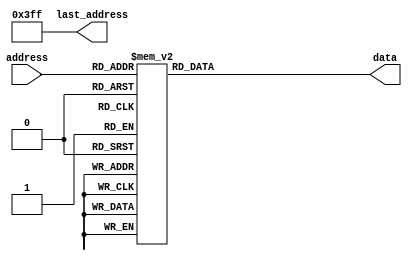
module rom (input [9:0] address, output reg [23:0] data, output [9:0] last_address);
	assign last_address = 1023;
	always @ (*) begin
		case(address)
			10'd0: data = 24'd63218;
			10'd1: data = 24'd63218;
			10'd2: data = 24'd63218;
			10'd3: data = 24'd63218;
			10'd4: data = 24'd63218;
			10'd5: data = 24'd63218;
			10'd6: data = 24'd63218;
			10'd7: data = 24'd63218;
			10'd8: data = 24'd63218;
			10'd9: data = 24'd63218;
			10'd10: data = 24'd63218;
			10'd11: data = 24'd63218;
			10'd12: data = 24'd63218;
			10'd13: data = 24'd63218;
			10'd14: data = 24'd63218;
			10'd15: data = 24'd63218;
			10'd16: data = 24'd0;
			10'd17: data = 24'd0;
			10'd18: data = 24'd0;
			10'd19: data = 24'd0;
			10'd20: data = 24'd63218;
			10'd21: data = 24'd63218;
			10'd22: data = 24'd63218;
			10'd23: data = 24'd63218;
			10'd24: data = 24'd63218;
			10'd25: data = 24'd63218;
			10'd26: data = 24'd63218;
			10'd27: data = 24'd63218;
			10'd28: data = 24'd63218;
			10'd29: data = 24'd63218;
			10'd30: data = 24'd63218;
			10'd31: data = 24'd63218;
			10'd32: data = 24'd63218;
			10'd33: data = 24'd63218;
			10'd34: data = 24'd63218;
			10'd35: data = 24'd63218;
			10'd36: data = 24'd0;
			10'd37: data = 24'd0;
			10'd38: data = 24'd0;
			10'd39: data = 24'd0;
			10'd40: data = 24'd42199;
			10'd41: data = 24'd42199;
			10'd42: data = 24'd42199;
			10'd43: data = 24'd42199;
			10'd44: data = 24'd42199;
			10'd45: data = 24'd42199;
			10'd46: data = 24'd42199;
			10'd47: data = 24'd42199;
			10'd48: data = 24'd42199;
			10'd49: data = 24'd42199;
			10'd50: data = 24'd42199;
			10'd51: data = 24'd42199;
			10'd52: data = 24'd42199;
			10'd53: data = 24'd42199;
			10'd54: data = 24'd42199;
			10'd55: data = 24'd42199;
			10'd56: data = 24'd0;
			10'd57: data = 24'd0;
			10'd58: data = 24'd0;
			10'd59: data = 24'd0;
			10'd60: data = 24'd42199;
			10'd61: data = 24'd42199;
			10'd62: data = 24'd42199;
			10'd63: data = 24'd42199;
			10'd64: data = 24'd42199;
			10'd65: data = 24'd42199;
			10'd66: data = 24'd42199;
			10'd67: data = 24'd42199;
			10'd68: data = 24'd42199;
			10'd69: data = 24'd42199;
			10'd70: data = 24'd42199;
			10'd71: data = 24'd42199;
			10'd72: data = 24'd42199;
			10'd73: data = 24'd42199;
			10'd74: data = 24'd42199;
			10'd75: data = 24'd42199;
			10'd76: data = 24'd0;
			10'd77: data = 24'd0;
			10'd78: data = 24'd0;
			10'd79: data = 24'd0;
			10'd80: data = 24'd37500;
			10'd81: data = 24'd37500;
			10'd82: data = 24'd37500;
			10'd83: data = 24'd37500;
			10'd84: data = 24'd37500;
			10'd85: data = 24'd37500;
			10'd86: data = 24'd37500;
			10'd87: data = 24'd37500;
			10'd88: data = 24'd37500;
			10'd89: data = 24'd37500;
			10'd90: data = 24'd37500;
			10'd91: data = 24'd37500;
			10'd92: data = 24'd37500;
			10'd93: data = 24'd37500;
			10'd94: data = 24'd37500;
			10'd95: data = 24'd37500;
			10'd96: data = 24'd0;
			10'd97: data = 24'd0;
			10'd98: data = 24'd0;
			10'd99: data = 24'd0;
			10'd100: data = 24'd37500;
			10'd101: data = 24'd37500;
			10'd102: data = 24'd37500;
			10'd103: data = 24'd37500;
			10'd104: data = 24'd37500;
			10'd105: data = 24'd37500;
			10'd106: data = 24'd37500;
			10'd107: data = 24'd37500;
			10'd108: data = 24'd37500;
			10'd109: data = 24'd37500;
			10'd110: data = 24'd37500;
			10'd111: data = 24'd37500;
			10'd112: data = 24'd37500;
			10'd113: data = 24'd37500;
			10'd114: data = 24'd37500;
			10'd115: data = 24'd37500;
			10'd116: data = 24'd0;
			10'd117: data = 24'd0;
			10'd118: data = 24'd0;
			10'd119: data = 24'd0;
			10'd120: data = 24'd42199;
			10'd121: data = 24'd42199;
			10'd122: data = 24'd42199;
			10'd123: data = 24'd42199;
			10'd124: data = 24'd42199;
			10'd125: data = 24'd42199;
			10'd126: data = 24'd42199;
			10'd127: data = 24'd42199;
			10'd128: data = 24'd42199;
			10'd129: data = 24'd42199;
			10'd130: data = 24'd42199;
			10'd131: data = 24'd42199;
			10'd132: data = 24'd42199;
			10'd133: data = 24'd42199;
			10'd134: data = 24'd42199;
			10'd135: data = 24'd42199;
			10'd136: data = 24'd42199;
			10'd137: data = 24'd42199;
			10'd138: data = 24'd42199;
			10'd139: data = 24'd42199;
			10'd140: data = 24'd42199;
			10'd141: data = 24'd42199;
			10'd142: data = 24'd42199;
			10'd143: data = 24'd42199;
			10'd144: data = 24'd42199;
			10'd145: data = 24'd42199;
			10'd146: data = 24'd42199;
			10'd147: data = 24'd42199;
			10'd148: data = 24'd42199;
			10'd149: data = 24'd42199;
			10'd150: data = 24'd42199;
			10'd151: data = 24'd42199;
			10'd152: data = 24'd0;
			10'd153: data = 24'd0;
			10'd154: data = 24'd0;
			10'd155: data = 24'd0;
			10'd156: data = 24'd0;
			10'd157: data = 24'd0;
			10'd158: data = 24'd0;
			10'd159: data = 24'd0;
			10'd160: data = 24'd47277;
			10'd161: data = 24'd47277;
			10'd162: data = 24'd47277;
			10'd163: data = 24'd47277;
			10'd164: data = 24'd47277;
			10'd165: data = 24'd47277;
			10'd166: data = 24'd47277;
			10'd167: data = 24'd47277;
			10'd168: data = 24'd47277;
			10'd169: data = 24'd47277;
			10'd170: data = 24'd47277;
			10'd171: data = 24'd47277;
			10'd172: data = 24'd47277;
			10'd173: data = 24'd47277;
			10'd174: data = 24'd47277;
			10'd175: data = 24'd47277;
			10'd176: data = 24'd0;
			10'd177: data = 24'd0;
			10'd178: data = 24'd0;
			10'd179: data = 24'd0;
			10'd180: data = 24'd47277;
			10'd181: data = 24'd47277;
			10'd182: data = 24'd47277;
			10'd183: data = 24'd47277;
			10'd184: data = 24'd47277;
			10'd185: data = 24'd47277;
			10'd186: data = 24'd47277;
			10'd187: data = 24'd47277;
			10'd188: data = 24'd47277;
			10'd189: data = 24'd47277;
			10'd190: data = 24'd47277;
			10'd191: data = 24'd47277;
			10'd192: data = 24'd47277;
			10'd193: data = 24'd47277;
			10'd194: data = 24'd47277;
			10'd195: data = 24'd47277;
			10'd196: data = 24'd0;
			10'd197: data = 24'd0;
			10'd198: data = 24'd0;
			10'd199: data = 24'd0;
			10'd200: data = 24'd50151;
			10'd201: data = 24'd50151;
			10'd202: data = 24'd50151;
			10'd203: data = 24'd50151;
			10'd204: data = 24'd50151;
			10'd205: data = 24'd50151;
			10'd206: data = 24'd50151;
			10'd207: data = 24'd50151;
			10'd208: data = 24'd50151;
			10'd209: data = 24'd50151;
			10'd210: data = 24'd50151;
			10'd211: data = 24'd50151;
			10'd212: data = 24'd50151;
			10'd213: data = 24'd50151;
			10'd214: data = 24'd50151;
			10'd215: data = 24'd50151;
			10'd216: data = 24'd0;
			10'd217: data = 24'd0;
			10'd218: data = 24'd0;
			10'd219: data = 24'd0;
			10'd220: data = 24'd50151;
			10'd221: data = 24'd50151;
			10'd222: data = 24'd50151;
			10'd223: data = 24'd50151;
			10'd224: data = 24'd50151;
			10'd225: data = 24'd50151;
			10'd226: data = 24'd50151;
			10'd227: data = 24'd50151;
			10'd228: data = 24'd50151;
			10'd229: data = 24'd50151;
			10'd230: data = 24'd50151;
			10'd231: data = 24'd50151;
			10'd232: data = 24'd50151;
			10'd233: data = 24'd50151;
			10'd234: data = 24'd50151;
			10'd235: data = 24'd50151;
			10'd236: data = 24'd0;
			10'd237: data = 24'd0;
			10'd238: data = 24'd0;
			10'd239: data = 24'd0;
			10'd240: data = 24'd56313;
			10'd241: data = 24'd56313;
			10'd242: data = 24'd56313;
			10'd243: data = 24'd56313;
			10'd244: data = 24'd56313;
			10'd245: data = 24'd56313;
			10'd246: data = 24'd56313;
			10'd247: data = 24'd56313;
			10'd248: data = 24'd56313;
			10'd249: data = 24'd56313;
			10'd250: data = 24'd56313;
			10'd251: data = 24'd56313;
			10'd252: data = 24'd56313;
			10'd253: data = 24'd56313;
			10'd254: data = 24'd56313;
			10'd255: data = 24'd56313;
			10'd256: data = 24'd0;
			10'd257: data = 24'd0;
			10'd258: data = 24'd0;
			10'd259: data = 24'd0;
			10'd260: data = 24'd56313;
			10'd261: data = 24'd56313;
			10'd262: data = 24'd56313;
			10'd263: data = 24'd56313;
			10'd264: data = 24'd56313;
			10'd265: data = 24'd56313;
			10'd266: data = 24'd56313;
			10'd267: data = 24'd56313;
			10'd268: data = 24'd56313;
			10'd269: data = 24'd56313;
			10'd270: data = 24'd56313;
			10'd271: data = 24'd56313;
			10'd272: data = 24'd56313;
			10'd273: data = 24'd56313;
			10'd274: data = 24'd56313;
			10'd275: data = 24'd56313;
			10'd276: data = 24'd0;
			10'd277: data = 24'd0;
			10'd278: data = 24'd0;
			10'd279: data = 24'd0;
			10'd280: data = 24'd63218;
			10'd281: data = 24'd63218;
			10'd282: data = 24'd63218;
			10'd283: data = 24'd63218;
			10'd284: data = 24'd63218;
			10'd285: data = 24'd63218;
			10'd286: data = 24'd63218;
			10'd287: data = 24'd63218;
			10'd288: data = 24'd63218;
			10'd289: data = 24'd63218;
			10'd290: data = 24'd63218;
			10'd291: data = 24'd63218;
			10'd292: data = 24'd63218;
			10'd293: data = 24'd63218;
			10'd294: data = 24'd63218;
			10'd295: data = 24'd63218;
			10'd296: data = 24'd63218;
			10'd297: data = 24'd63218;
			10'd298: data = 24'd63218;
			10'd299: data = 24'd63218;
			10'd300: data = 24'd63218;
			10'd301: data = 24'd63218;
			10'd302: data = 24'd63218;
			10'd303: data = 24'd63218;
			10'd304: data = 24'd63218;
			10'd305: data = 24'd63218;
			10'd306: data = 24'd63218;
			10'd307: data = 24'd63218;
			10'd308: data = 24'd63218;
			10'd309: data = 24'd63218;
			10'd310: data = 24'd63218;
			10'd311: data = 24'd63218;
			10'd312: data = 24'd0;
			10'd313: data = 24'd0;
			10'd314: data = 24'd0;
			10'd315: data = 24'd0;
			10'd316: data = 24'd0;
			10'd317: data = 24'd0;
			10'd318: data = 24'd0;
			10'd319: data = 24'd0;
			10'd320: data = 24'd42199;
			10'd321: data = 24'd42199;
			10'd322: data = 24'd42199;
			10'd323: data = 24'd42199;
			10'd324: data = 24'd42199;
			10'd325: data = 24'd42199;
			10'd326: data = 24'd42199;
			10'd327: data = 24'd42199;
			10'd328: data = 24'd42199;
			10'd329: data = 24'd42199;
			10'd330: data = 24'd42199;
			10'd331: data = 24'd42199;
			10'd332: data = 24'd42199;
			10'd333: data = 24'd42199;
			10'd334: data = 24'd42199;
			10'd335: data = 24'd42199;
			10'd336: data = 24'd0;
			10'd337: data = 24'd0;
			10'd338: data = 24'd0;
			10'd339: data = 24'd0;
			10'd340: data = 24'd42199;
			10'd341: data = 24'd42199;
			10'd342: data = 24'd42199;
			10'd343: data = 24'd42199;
			10'd344: data = 24'd42199;
			10'd345: data = 24'd42199;
			10'd346: data = 24'd42199;
			10'd347: data = 24'd42199;
			10'd348: data = 24'd42199;
			10'd349: data = 24'd42199;
			10'd350: data = 24'd42199;
			10'd351: data = 24'd42199;
			10'd352: data = 24'd42199;
			10'd353: data = 24'd42199;
			10'd354: data = 24'd42199;
			10'd355: data = 24'd42199;
			10'd356: data = 24'd0;
			10'd357: data = 24'd0;
			10'd358: data = 24'd0;
			10'd359: data = 24'd0;
			10'd360: data = 24'd47277;
			10'd361: data = 24'd47277;
			10'd362: data = 24'd47277;
			10'd363: data = 24'd47277;
			10'd364: data = 24'd47277;
			10'd365: data = 24'd47277;
			10'd366: data = 24'd47277;
			10'd367: data = 24'd47277;
			10'd368: data = 24'd47277;
			10'd369: data = 24'd47277;
			10'd370: data = 24'd47277;
			10'd371: data = 24'd47277;
			10'd372: data = 24'd47277;
			10'd373: data = 24'd47277;
			10'd374: data = 24'd47277;
			10'd375: data = 24'd47277;
			10'd376: data = 24'd0;
			10'd377: data = 24'd0;
			10'd378: data = 24'd0;
			10'd379: data = 24'd0;
			10'd380: data = 24'd47277;
			10'd381: data = 24'd47277;
			10'd382: data = 24'd47277;
			10'd383: data = 24'd47277;
			10'd384: data = 24'd47277;
			10'd385: data = 24'd47277;
			10'd386: data = 24'd47277;
			10'd387: data = 24'd47277;
			10'd388: data = 24'd47277;
			10'd389: data = 24'd47277;
			10'd390: data = 24'd47277;
			10'd391: data = 24'd47277;
			10'd392: data = 24'd47277;
			10'd393: data = 24'd47277;
			10'd394: data = 24'd47277;
			10'd395: data = 24'd47277;
			10'd396: data = 24'd0;
			10'd397: data = 24'd0;
			10'd398: data = 24'd0;
			10'd399: data = 24'd0;
			10'd400: data = 24'd50151;
			10'd401: data = 24'd50151;
			10'd402: data = 24'd50151;
			10'd403: data = 24'd50151;
			10'd404: data = 24'd50151;
			10'd405: data = 24'd50151;
			10'd406: data = 24'd50151;
			10'd407: data = 24'd50151;
			10'd408: data = 24'd50151;
			10'd409: data = 24'd50151;
			10'd410: data = 24'd50151;
			10'd411: data = 24'd50151;
			10'd412: data = 24'd50151;
			10'd413: data = 24'd50151;
			10'd414: data = 24'd50151;
			10'd415: data = 24'd50151;
			10'd416: data = 24'd0;
			10'd417: data = 24'd0;
			10'd418: data = 24'd0;
			10'd419: data = 24'd0;
			10'd420: data = 24'd50151;
			10'd421: data = 24'd50151;
			10'd422: data = 24'd50151;
			10'd423: data = 24'd50151;
			10'd424: data = 24'd50151;
			10'd425: data = 24'd50151;
			10'd426: data = 24'd50151;
			10'd427: data = 24'd50151;
			10'd428: data = 24'd50151;
			10'd429: data = 24'd50151;
			10'd430: data = 24'd50151;
			10'd431: data = 24'd50151;
			10'd432: data = 24'd50151;
			10'd433: data = 24'd50151;
			10'd434: data = 24'd50151;
			10'd435: data = 24'd50151;
			10'd436: data = 24'd0;
			10'd437: data = 24'd0;
			10'd438: data = 24'd0;
			10'd439: data = 24'd0;
			10'd440: data = 24'd56313;
			10'd441: data = 24'd56313;
			10'd442: data = 24'd56313;
			10'd443: data = 24'd56313;
			10'd444: data = 24'd56313;
			10'd445: data = 24'd56313;
			10'd446: data = 24'd56313;
			10'd447: data = 24'd56313;
			10'd448: data = 24'd56313;
			10'd449: data = 24'd56313;
			10'd450: data = 24'd56313;
			10'd451: data = 24'd56313;
			10'd452: data = 24'd56313;
			10'd453: data = 24'd56313;
			10'd454: data = 24'd56313;
			10'd455: data = 24'd56313;
			10'd456: data = 24'd56313;
			10'd457: data = 24'd56313;
			10'd458: data = 24'd56313;
			10'd459: data = 24'd56313;
			10'd460: data = 24'd56313;
			10'd461: data = 24'd56313;
			10'd462: data = 24'd56313;
			10'd463: data = 24'd56313;
			10'd464: data = 24'd56313;
			10'd465: data = 24'd56313;
			10'd466: data = 24'd56313;
			10'd467: data = 24'd56313;
			10'd468: data = 24'd56313;
			10'd469: data = 24'd56313;
			10'd470: data = 24'd56313;
			10'd471: data = 24'd56313;
			10'd472: data = 24'd0;
			10'd473: data = 24'd0;
			10'd474: data = 24'd0;
			10'd475: data = 24'd0;
			10'd476: data = 24'd0;
			10'd477: data = 24'd0;
			10'd478: data = 24'd0;
			10'd479: data = 24'd0;
			10'd480: data = 24'd42199;
			10'd481: data = 24'd42199;
			10'd482: data = 24'd42199;
			10'd483: data = 24'd42199;
			10'd484: data = 24'd42199;
			10'd485: data = 24'd42199;
			10'd486: data = 24'd42199;
			10'd487: data = 24'd42199;
			10'd488: data = 24'd42199;
			10'd489: data = 24'd42199;
			10'd490: data = 24'd42199;
			10'd491: data = 24'd42199;
			10'd492: data = 24'd42199;
			10'd493: data = 24'd42199;
			10'd494: data = 24'd42199;
			10'd495: data = 24'd42199;
			10'd496: data = 24'd0;
			10'd497: data = 24'd0;
			10'd498: data = 24'd0;
			10'd499: data = 24'd0;
			10'd500: data = 24'd42199;
			10'd501: data = 24'd42199;
			10'd502: data = 24'd42199;
			10'd503: data = 24'd42199;
			10'd504: data = 24'd42199;
			10'd505: data = 24'd42199;
			10'd506: data = 24'd42199;
			10'd507: data = 24'd42199;
			10'd508: data = 24'd42199;
			10'd509: data = 24'd42199;
			10'd510: data = 24'd42199;
			10'd511: data = 24'd42199;
			10'd512: data = 24'd42199;
			10'd513: data = 24'd42199;
			10'd514: data = 24'd42199;
			10'd515: data = 24'd42199;
			10'd516: data = 24'd0;
			10'd517: data = 24'd0;
			10'd518: data = 24'd0;
			10'd519: data = 24'd0;
			10'd520: data = 24'd47277;
			10'd521: data = 24'd47277;
			10'd522: data = 24'd47277;
			10'd523: data = 24'd47277;
			10'd524: data = 24'd47277;
			10'd525: data = 24'd47277;
			10'd526: data = 24'd47277;
			10'd527: data = 24'd47277;
			10'd528: data = 24'd47277;
			10'd529: data = 24'd47277;
			10'd530: data = 24'd47277;
			10'd531: data = 24'd47277;
			10'd532: data = 24'd47277;
			10'd533: data = 24'd47277;
			10'd534: data = 24'd47277;
			10'd535: data = 24'd47277;
			10'd536: data = 24'd0;
			10'd537: data = 24'd0;
			10'd538: data = 24'd0;
			10'd539: data = 24'd0;
			10'd540: data = 24'd47277;
			10'd541: data = 24'd47277;
			10'd542: data = 24'd47277;
			10'd543: data = 24'd47277;
			10'd544: data = 24'd47277;
			10'd545: data = 24'd47277;
			10'd546: data = 24'd47277;
			10'd547: data = 24'd47277;
			10'd548: data = 24'd47277;
			10'd549: data = 24'd47277;
			10'd550: data = 24'd47277;
			10'd551: data = 24'd47277;
			10'd552: data = 24'd47277;
			10'd553: data = 24'd47277;
			10'd554: data = 24'd47277;
			10'd555: data = 24'd47277;
			10'd556: data = 24'd0;
			10'd557: data = 24'd0;
			10'd558: data = 24'd0;
			10'd559: data = 24'd0;
			10'd560: data = 24'd50151;
			10'd561: data = 24'd50151;
			10'd562: data = 24'd50151;
			10'd563: data = 24'd50151;
			10'd564: data = 24'd50151;
			10'd565: data = 24'd50151;
			10'd566: data = 24'd50151;
			10'd567: data = 24'd50151;
			10'd568: data = 24'd50151;
			10'd569: data = 24'd50151;
			10'd570: data = 24'd50151;
			10'd571: data = 24'd50151;
			10'd572: data = 24'd50151;
			10'd573: data = 24'd50151;
			10'd574: data = 24'd50151;
			10'd575: data = 24'd50151;
			10'd576: data = 24'd0;
			10'd577: data = 24'd0;
			10'd578: data = 24'd0;
			10'd579: data = 24'd0;
			10'd580: data = 24'd50151;
			10'd581: data = 24'd50151;
			10'd582: data = 24'd50151;
			10'd583: data = 24'd50151;
			10'd584: data = 24'd50151;
			10'd585: data = 24'd50151;
			10'd586: data = 24'd50151;
			10'd587: data = 24'd50151;
			10'd588: data = 24'd50151;
			10'd589: data = 24'd50151;
			10'd590: data = 24'd50151;
			10'd591: data = 24'd50151;
			10'd592: data = 24'd50151;
			10'd593: data = 24'd50151;
			10'd594: data = 24'd50151;
			10'd595: data = 24'd50151;
			10'd596: data = 24'd0;
			10'd597: data = 24'd0;
			10'd598: data = 24'd0;
			10'd599: data = 24'd0;
			10'd600: data = 24'd56313;
			10'd601: data = 24'd56313;
			10'd602: data = 24'd56313;
			10'd603: data = 24'd56313;
			10'd604: data = 24'd56313;
			10'd605: data = 24'd56313;
			10'd606: data = 24'd56313;
			10'd607: data = 24'd56313;
			10'd608: data = 24'd56313;
			10'd609: data = 24'd56313;
			10'd610: data = 24'd56313;
			10'd611: data = 24'd56313;
			10'd612: data = 24'd56313;
			10'd613: data = 24'd56313;
			10'd614: data = 24'd56313;
			10'd615: data = 24'd56313;
			10'd616: data = 24'd56313;
			10'd617: data = 24'd56313;
			10'd618: data = 24'd56313;
			10'd619: data = 24'd56313;
			10'd620: data = 24'd56313;
			10'd621: data = 24'd56313;
			10'd622: data = 24'd56313;
			10'd623: data = 24'd56313;
			10'd624: data = 24'd56313;
			10'd625: data = 24'd56313;
			10'd626: data = 24'd56313;
			10'd627: data = 24'd56313;
			10'd628: data = 24'd56313;
			10'd629: data = 24'd56313;
			10'd630: data = 24'd56313;
			10'd631: data = 24'd56313;
			10'd632: data = 24'd0;
			10'd633: data = 24'd0;
			10'd634: data = 24'd0;
			10'd635: data = 24'd0;
			10'd636: data = 24'd0;
			10'd637: data = 24'd0;
			10'd638: data = 24'd0;
			10'd639: data = 24'd0;
			10'd640: data = 24'd63218;
			10'd641: data = 24'd63218;
			10'd642: data = 24'd63218;
			10'd643: data = 24'd63218;
			10'd644: data = 24'd63218;
			10'd645: data = 24'd63218;
			10'd646: data = 24'd63218;
			10'd647: data = 24'd63218;
			10'd648: data = 24'd63218;
			10'd649: data = 24'd63218;
			10'd650: data = 24'd63218;
			10'd651: data = 24'd63218;
			10'd652: data = 24'd63218;
			10'd653: data = 24'd63218;
			10'd654: data = 24'd63218;
			10'd655: data = 24'd63218;
			10'd656: data = 24'd0;
			10'd657: data = 24'd0;
			10'd658: data = 24'd0;
			10'd659: data = 24'd0;
			10'd660: data = 24'd63218;
			10'd661: data = 24'd63218;
			10'd662: data = 24'd63218;
			10'd663: data = 24'd63218;
			10'd664: data = 24'd63218;
			10'd665: data = 24'd63218;
			10'd666: data = 24'd63218;
			10'd667: data = 24'd63218;
			10'd668: data = 24'd63218;
			10'd669: data = 24'd63218;
			10'd670: data = 24'd63218;
			10'd671: data = 24'd63218;
			10'd672: data = 24'd63218;
			10'd673: data = 24'd63218;
			10'd674: data = 24'd63218;
			10'd675: data = 24'd63218;
			10'd676: data = 24'd0;
			10'd677: data = 24'd0;
			10'd678: data = 24'd0;
			10'd679: data = 24'd0;
			10'd680: data = 24'd42199;
			10'd681: data = 24'd42199;
			10'd682: data = 24'd42199;
			10'd683: data = 24'd42199;
			10'd684: data = 24'd42199;
			10'd685: data = 24'd42199;
			10'd686: data = 24'd42199;
			10'd687: data = 24'd42199;
			10'd688: data = 24'd42199;
			10'd689: data = 24'd42199;
			10'd690: data = 24'd42199;
			10'd691: data = 24'd42199;
			10'd692: data = 24'd42199;
			10'd693: data = 24'd42199;
			10'd694: data = 24'd42199;
			10'd695: data = 24'd42199;
			10'd696: data = 24'd0;
			10'd697: data = 24'd0;
			10'd698: data = 24'd0;
			10'd699: data = 24'd0;
			10'd700: data = 24'd42199;
			10'd701: data = 24'd42199;
			10'd702: data = 24'd42199;
			10'd703: data = 24'd42199;
			10'd704: data = 24'd42199;
			10'd705: data = 24'd42199;
			10'd706: data = 24'd42199;
			10'd707: data = 24'd42199;
			10'd708: data = 24'd42199;
			10'd709: data = 24'd42199;
			10'd710: data = 24'd42199;
			10'd711: data = 24'd42199;
			10'd712: data = 24'd42199;
			10'd713: data = 24'd42199;
			10'd714: data = 24'd42199;
			10'd715: data = 24'd42199;
			10'd716: data = 24'd0;
			10'd717: data = 24'd0;
			10'd718: data = 24'd0;
			10'd719: data = 24'd0;
			10'd720: data = 24'd37500;
			10'd721: data = 24'd37500;
			10'd722: data = 24'd37500;
			10'd723: data = 24'd37500;
			10'd724: data = 24'd37500;
			10'd725: data = 24'd37500;
			10'd726: data = 24'd37500;
			10'd727: data = 24'd37500;
			10'd728: data = 24'd37500;
			10'd729: data = 24'd37500;
			10'd730: data = 24'd37500;
			10'd731: data = 24'd37500;
			10'd732: data = 24'd37500;
			10'd733: data = 24'd37500;
			10'd734: data = 24'd37500;
			10'd735: data = 24'd37500;
			10'd736: data = 24'd0;
			10'd737: data = 24'd0;
			10'd738: data = 24'd0;
			10'd739: data = 24'd0;
			10'd740: data = 24'd37500;
			10'd741: data = 24'd37500;
			10'd742: data = 24'd37500;
			10'd743: data = 24'd37500;
			10'd744: data = 24'd37500;
			10'd745: data = 24'd37500;
			10'd746: data = 24'd37500;
			10'd747: data = 24'd37500;
			10'd748: data = 24'd37500;
			10'd749: data = 24'd37500;
			10'd750: data = 24'd37500;
			10'd751: data = 24'd37500;
			10'd752: data = 24'd37500;
			10'd753: data = 24'd37500;
			10'd754: data = 24'd37500;
			10'd755: data = 24'd37500;
			10'd756: data = 24'd0;
			10'd757: data = 24'd0;
			10'd758: data = 24'd0;
			10'd759: data = 24'd0;
			10'd760: data = 24'd42199;
			10'd761: data = 24'd42199;
			10'd762: data = 24'd42199;
			10'd763: data = 24'd42199;
			10'd764: data = 24'd42199;
			10'd765: data = 24'd42199;
			10'd766: data = 24'd42199;
			10'd767: data = 24'd42199;
			10'd768: data = 24'd42199;
			10'd769: data = 24'd42199;
			10'd770: data = 24'd42199;
			10'd771: data = 24'd42199;
			10'd772: data = 24'd42199;
			10'd773: data = 24'd42199;
			10'd774: data = 24'd42199;
			10'd775: data = 24'd42199;
			10'd776: data = 24'd42199;
			10'd777: data = 24'd42199;
			10'd778: data = 24'd42199;
			10'd779: data = 24'd42199;
			10'd780: data = 24'd42199;
			10'd781: data = 24'd42199;
			10'd782: data = 24'd42199;
			10'd783: data = 24'd42199;
			10'd784: data = 24'd42199;
			10'd785: data = 24'd42199;
			10'd786: data = 24'd42199;
			10'd787: data = 24'd42199;
			10'd788: data = 24'd42199;
			10'd789: data = 24'd42199;
			10'd790: data = 24'd42199;
			10'd791: data = 24'd42199;
			10'd792: data = 24'd0;
			10'd793: data = 24'd0;
			10'd794: data = 24'd0;
			10'd795: data = 24'd0;
			10'd796: data = 24'd0;
			10'd797: data = 24'd0;
			10'd798: data = 24'd0;
			10'd799: data = 24'd0;
			10'd800: data = 24'd47277;
			10'd801: data = 24'd47277;
			10'd802: data = 24'd47277;
			10'd803: data = 24'd47277;
			10'd804: data = 24'd47277;
			10'd805: data = 24'd47277;
			10'd806: data = 24'd47277;
			10'd807: data = 24'd47277;
			10'd808: data = 24'd47277;
			10'd809: data = 24'd47277;
			10'd810: data = 24'd47277;
			10'd811: data = 24'd47277;
			10'd812: data = 24'd47277;
			10'd813: data = 24'd47277;
			10'd814: data = 24'd47277;
			10'd815: data = 24'd47277;
			10'd816: data = 24'd0;
			10'd817: data = 24'd0;
			10'd818: data = 24'd0;
			10'd819: data = 24'd0;
			10'd820: data = 24'd47277;
			10'd821: data = 24'd47277;
			10'd822: data = 24'd47277;
			10'd823: data = 24'd47277;
			10'd824: data = 24'd47277;
			10'd825: data = 24'd47277;
			10'd826: data = 24'd47277;
			10'd827: data = 24'd47277;
			10'd828: data = 24'd47277;
			10'd829: data = 24'd47277;
			10'd830: data = 24'd47277;
			10'd831: data = 24'd47277;
			10'd832: data = 24'd47277;
			10'd833: data = 24'd47277;
			10'd834: data = 24'd47277;
			10'd835: data = 24'd47277;
			10'd836: data = 24'd0;
			10'd837: data = 24'd0;
			10'd838: data = 24'd0;
			10'd839: data = 24'd0;
			10'd840: data = 24'd50151;
			10'd841: data = 24'd50151;
			10'd842: data = 24'd50151;
			10'd843: data = 24'd50151;
			10'd844: data = 24'd50151;
			10'd845: data = 24'd50151;
			10'd846: data = 24'd50151;
			10'd847: data = 24'd50151;
			10'd848: data = 24'd50151;
			10'd849: data = 24'd50151;
			10'd850: data = 24'd50151;
			10'd851: data = 24'd50151;
			10'd852: data = 24'd50151;
			10'd853: data = 24'd50151;
			10'd854: data = 24'd50151;
			10'd855: data = 24'd50151;
			10'd856: data = 24'd0;
			10'd857: data = 24'd0;
			10'd858: data = 24'd0;
			10'd859: data = 24'd0;
			10'd860: data = 24'd50151;
			10'd861: data = 24'd50151;
			10'd862: data = 24'd50151;
			10'd863: data = 24'd50151;
			10'd864: data = 24'd50151;
			10'd865: data = 24'd50151;
			10'd866: data = 24'd50151;
			10'd867: data = 24'd50151;
			10'd868: data = 24'd50151;
			10'd869: data = 24'd50151;
			10'd870: data = 24'd50151;
			10'd871: data = 24'd50151;
			10'd872: data = 24'd50151;
			10'd873: data = 24'd50151;
			10'd874: data = 24'd50151;
			10'd875: data = 24'd50151;
			10'd876: data = 24'd0;
			10'd877: data = 24'd0;
			10'd878: data = 24'd0;
			10'd879: data = 24'd0;
			10'd880: data = 24'd56313;
			10'd881: data = 24'd56313;
			10'd882: data = 24'd56313;
			10'd883: data = 24'd56313;
			10'd884: data = 24'd56313;
			10'd885: data = 24'd56313;
			10'd886: data = 24'd56313;
			10'd887: data = 24'd56313;
			10'd888: data = 24'd56313;
			10'd889: data = 24'd56313;
			10'd890: data = 24'd56313;
			10'd891: data = 24'd56313;
			10'd892: data = 24'd56313;
			10'd893: data = 24'd56313;
			10'd894: data = 24'd56313;
			10'd895: data = 24'd56313;
			10'd896: data = 24'd0;
			10'd897: data = 24'd0;
			10'd898: data = 24'd0;
			10'd899: data = 24'd0;
			10'd900: data = 24'd56313;
			10'd901: data = 24'd56313;
			10'd902: data = 24'd56313;
			10'd903: data = 24'd56313;
			10'd904: data = 24'd56313;
			10'd905: data = 24'd56313;
			10'd906: data = 24'd56313;
			10'd907: data = 24'd56313;
			10'd908: data = 24'd56313;
			10'd909: data = 24'd56313;
			10'd910: data = 24'd56313;
			10'd911: data = 24'd56313;
			10'd912: data = 24'd56313;
			10'd913: data = 24'd56313;
			10'd914: data = 24'd56313;
			10'd915: data = 24'd56313;
			10'd916: data = 24'd0;
			10'd917: data = 24'd0;
			10'd918: data = 24'd0;
			10'd919: data = 24'd0;
			10'd920: data = 24'd63218;
			10'd921: data = 24'd63218;
			10'd922: data = 24'd63218;
			10'd923: data = 24'd63218;
			10'd924: data = 24'd63218;
			10'd925: data = 24'd63218;
			10'd926: data = 24'd63218;
			10'd927: data = 24'd63218;
			10'd928: data = 24'd63218;
			10'd929: data = 24'd63218;
			10'd930: data = 24'd63218;
			10'd931: data = 24'd63218;
			10'd932: data = 24'd63218;
			10'd933: data = 24'd63218;
			10'd934: data = 24'd63218;
			10'd935: data = 24'd63218;
			10'd936: data = 24'd63218;
			10'd937: data = 24'd63218;
			10'd938: data = 24'd63218;
			10'd939: data = 24'd63218;
			10'd940: data = 24'd63218;
			10'd941: data = 24'd63218;
			10'd942: data = 24'd63218;
			10'd943: data = 24'd63218;
			10'd944: data = 24'd63218;
			10'd945: data = 24'd63218;
			10'd946: data = 24'd63218;
			10'd947: data = 24'd63218;
			10'd948: data = 24'd63218;
			10'd949: data = 24'd63218;
			10'd950: data = 24'd63218;
			10'd951: data = 24'd63218;
			10'd952: data = 24'd0;
			10'd953: data = 24'd0;
			10'd954: data = 24'd0;
			10'd955: data = 24'd0;
			10'd956: data = 24'd0;
			10'd957: data = 24'd0;
			10'd958: data = 24'd0;
			10'd959: data = 24'd0;
			10'd960: data = 24'd0;
			10'd961: data = 24'd0;
			10'd962: data = 24'd0;
			10'd963: data = 24'd0;
			10'd964: data = 24'd0;
			10'd965: data = 24'd0;
			10'd966: data = 24'd0;
			10'd967: data = 24'd0;
			10'd968: data = 24'd0;
			10'd969: data = 24'd0;
			10'd970: data = 24'd0;
			10'd971: data = 24'd0;
			10'd972: data = 24'd0;
			10'd973: data = 24'd0;
			10'd974: data = 24'd0;
			10'd975: data = 24'd0;
			10'd976: data = 24'd0;
			10'd977: data = 24'd0;
			10'd978: data = 24'd0;
			10'd979: data = 24'd0;
			10'd980: data = 24'd0;
			10'd981: data = 24'd0;
			10'd982: data = 24'd0;
			10'd983: data = 24'd0;
			10'd984: data = 24'd0;
			10'd985: data = 24'd0;
			10'd986: data = 24'd0;
			10'd987: data = 24'd0;
			10'd988: data = 24'd0;
			10'd989: data = 24'd0;
			10'd990: data = 24'd0;
			10'd991: data = 24'd0;
			10'd992: data = 24'd0;
			10'd993: data = 24'd0;
			10'd994: data = 24'd0;
			10'd995: data = 24'd0;
			10'd996: data = 24'd0;
			10'd997: data = 24'd0;
			10'd998: data = 24'd0;
			10'd999: data = 24'd0;
			10'd1000: data = 24'd0;
			10'd1001: data = 24'd0;
			10'd1002: data = 24'd0;
			10'd1003: data = 24'd0;
			10'd1004: data = 24'd0;
			10'd1005: data = 24'd0;
			10'd1006: data = 24'd0;
			10'd1007: data = 24'd0;
			10'd1008: data = 24'd0;
			10'd1009: data = 24'd0;
			10'd1010: data = 24'd0;
			10'd1011: data = 24'd0;
			10'd1012: data = 24'd0;
			10'd1013: data = 24'd0;
			10'd1014: data = 24'd0;
			10'd1015: data = 24'd0;
			10'd1016: data = 24'd0;
			10'd1017: data = 24'd0;
			10'd1018: data = 24'd0;
			10'd1019: data = 24'd0;
			10'd1020: data = 24'd0;
			10'd1021: data = 24'd0;
			10'd1022: data = 24'd0;
			10'd1023: data = 24'd0;
		endcase
	end
endmodule